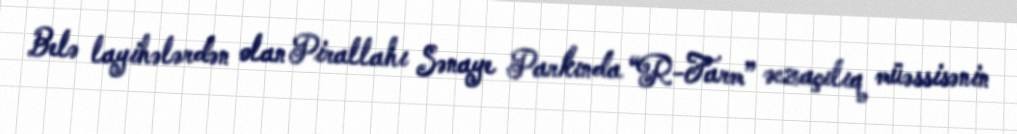
Belə layihələrdən olan Pirallahı Sənaye Parkında “R-Farm” əczaçılıq müəssisənin